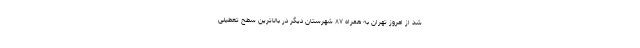
شد از امروز تهران به همراه ۸۷ شهرستان دیگر در بالاترین سطح تعطیلی